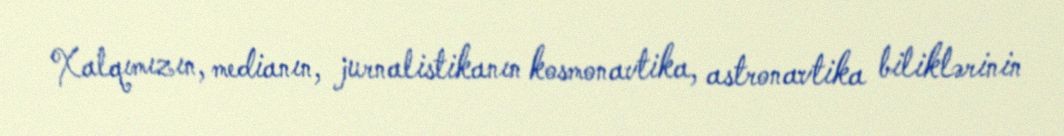
Xalqımızın, medianın, jurnalistikanın kosmonavtika, astronavtika biliklərinin